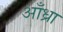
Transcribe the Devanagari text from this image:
आँध्रा